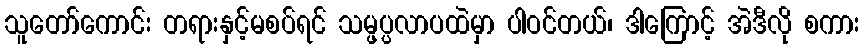
သူတော်ကောင်း တရားနှင့်မစပ်ရင် သမ္ဖပ္ပလာပထဲမှာ ပါဝင်တယ်၊ ဒါကြောင့် အဲဒီလို စကား